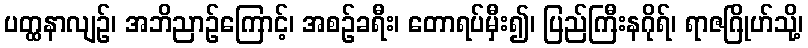
ပတ္ထနာလျဉ်၊ အဘိညာဉ်ကြောင့်၊ အစဉ်ခရီး၊ တောရပ်မှီး၍၊ ပြည်ကြီးနဂိုရ်၊ ရာဇဂြိုဟ်သို့၊